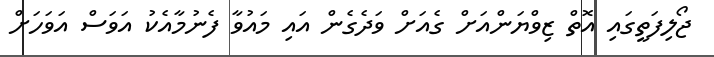
ޖޯލިފަތީގައި އޮތް ޒިވްޔަންއަށް ގެއަށް ވަދެގެން އައި މައުވާ ފެނުމާއެކު އަވަސް އަވަހަށް